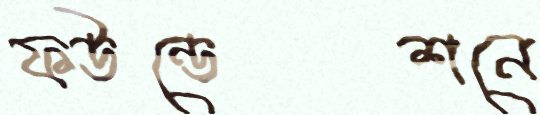
ফউন্ডেশনে